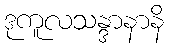
ဒုကူလသန္ဒာနာနိ